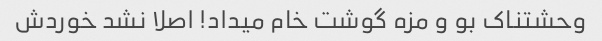
وحشتناک بو و مزه گوشت خام میداد! اصلا نشد خوردش